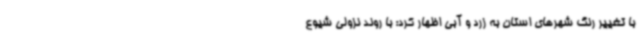
با تغییر رنگ شهرهای استان به زرد و آبی اظهار کرد: با روند نزولی شیوع